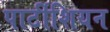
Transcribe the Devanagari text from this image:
पार्टीशियन